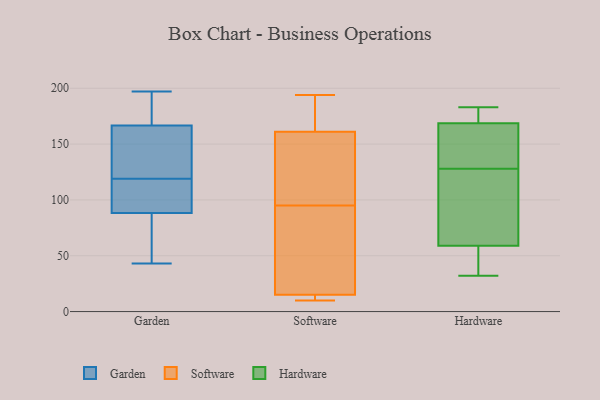
{"axis": {"x": "Shipments", "y": "Value"}, "legend": ["Garden", "Hardware", "Software"], "data": [{"x": "", "y": 70, "type": "Garden"}, {"x": "", "y": 90, "type": "Garden"}, {"x": "", "y": 43, "type": "Garden"}, {"x": "", "y": 83, "type": "Garden"}, {"x": "", "y": 111, "type": "Garden"}, {"x": "", "y": 119, "type": "Garden"}, {"x": "", "y": 113, "type": "Garden"}, {"x": "", "y": 133, "type": "Garden"}, {"x": "", "y": 165, "type": "Garden"}, {"x": "", "y": 189, "type": "Garden"}, {"x": "", "y": 149, "type": "Garden"}, {"x": "", "y": 172, "type": "Garden"}, {"x": "", "y": 197, "type": "Garden"}, {"x": "", "y": 161, "type": "Software"}, {"x": "", "y": 12, "type": "Software"}, {"x": "", "y": 15, "type": "Software"}, {"x": "", "y": 169, "type": "Software"}, {"x": "", "y": 47, "type": "Software"}, {"x": "", "y": 13, "type": "Software"}, {"x": "", "y": 101, "type": "Software"}, {"x": "", "y": 105, "type": "Software"}, {"x": "", "y": 31, "type": "Software"}, {"x": "", "y": 117, "type": "Software"}, {"x": "", "y": 102, "type": "Software"}, {"x": "", "y": 194, "type": "Software"}, {"x": "", "y": 161, "type": "Software"}, {"x": "", "y": 89, "type": "Software"}, {"x": "", "y": 11, "type": "Software"}, {"x": "", "y": 10, "type": "Software"}, {"x": "", "y": 56, "type": "Software"}, {"x": "", "y": 164, "type": "Software"}, {"x": "", "y": 168, "type": "Hardware"}, {"x": "", "y": 90, "type": "Hardware"}, {"x": "", "y": 32, "type": "Hardware"}, {"x": "", "y": 169, "type": "Hardware"}, {"x": "", "y": 45, "type": "Hardware"}, {"x": "", "y": 183, "type": "Hardware"}, {"x": "", "y": 35, "type": "Hardware"}, {"x": "", "y": 128, "type": "Hardware"}, {"x": "", "y": 148, "type": "Hardware"}, {"x": "", "y": 172, "type": "Hardware"}, {"x": "", "y": 80, "type": "Hardware"}, {"x": "", "y": 65, "type": "Hardware"}, {"x": "", "y": 170, "type": "Hardware"}, {"x": "", "y": 163, "type": "Hardware"}, {"x": "", "y": 57, "type": "Hardware"}]}